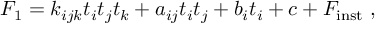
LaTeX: { \cal F } _ { 1 } = k _ { i j k } t _ { i } t _ { j } t _ { k } + a _ { i j } t _ { i } t _ { j } + b _ { i } t _ { i } + c + { \cal F } _ { \mathrm { i n s t } } \ ,